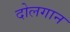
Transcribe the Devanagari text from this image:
दोलगान